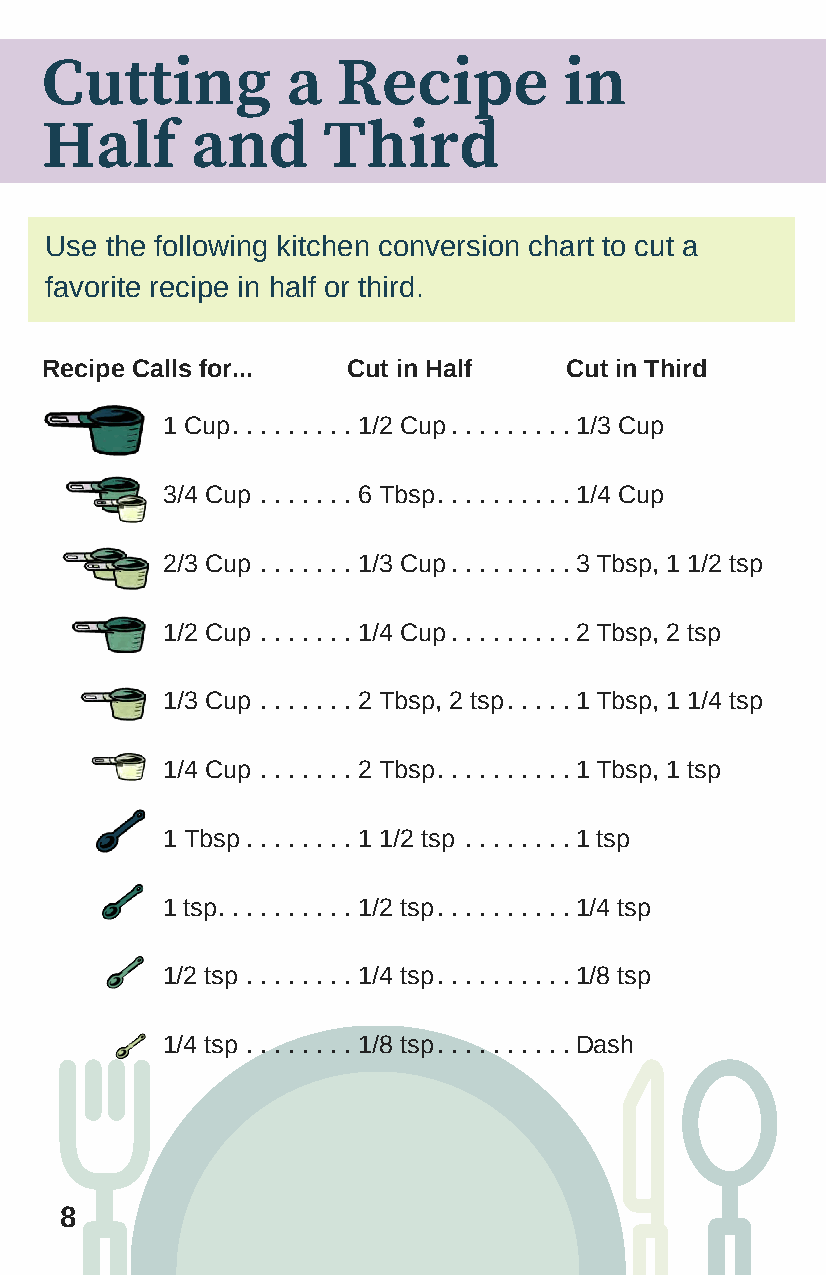
Cutting         a  Recipe         in
 Half      and     Third
 Use the following kitchen conversion chart to cut a
 favorite recipe in half or third.
 Recipe Calls for... Cut in Half   Cut in Third
 1 Cu p . . . . . . . . . 1/2 Cu p . . . . . . . . . 1/3 Cup
 3/4 C u p . . . . . . . 6 Tbsp . . . . . . . . . . 1/4 Cup
 2/3 C u p . . . . . . . 1/3 Cu p . . . . . . . . . 3 Tbsp, 1 1/2 tsp
 1/2 C u p . . . . . . . 1/4 Cu p . . . . . . . . . 2 Tbsp, 2 tsp
 1/3 C u p . . . . . . . 2 Tbsp , 2 t s p . . . . . 1 Tbsp, 1 1/4 tsp
 1/4 C u p . . . . . . . 2 Tbsp . . . . . . . . . . 1 Tbsp, 1 tsp
 1 Tb s p . . . . . . . . 1 1/2 ts p . . . . . . . . 1 tsp
 1 tsp . . . . . . . . . . 1/2 tsp . . . . . . . . . . 1/4 tsp
 1/2 t s p . . . . . . . . 1/4 tsp . . . . . . . . . . 1/8 tsp
 1/4 t s p . . . . . . . . 1/8 tsp . . . . . . . . . .Dash
 8